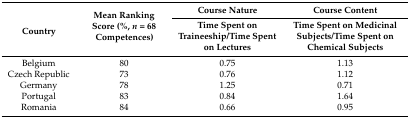
| <ROWSPAN=2> Country | <ROWSPAN=2> Mean Ranking Score (%, n = 68 Competences) | Course Nature | Course Content |
 | Time Spent on Traineeship/Time Spent on Lectures | Time Spent on Medicinal Subjects/Time Spent on Chemical Subjects |
 | --- | --- | --- | --- |
 | Belgium | 80 | 0.75 | 1.13 |
 | Czech Republic | 73 | 0.76 | 1.12 |
 | Germany | 78 | 1.25 | 0.71 |
 | Portugal | 83 | 0.84 | 1.64 |
 | Romania | 84 | 0.66 | 0.95 |